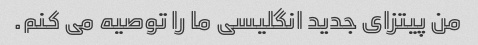
من پیتزای جدید انگلیسی ما را توصیه می کنم.